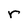
Character: r